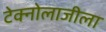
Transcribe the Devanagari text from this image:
टेक्नोलाजीला